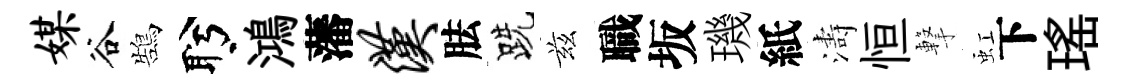
媒谷鵠盻鴻藩汉胠跣兹職坂璣紙濤恒撃虹下瑤